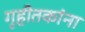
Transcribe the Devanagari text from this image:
गृहीतकांना